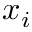
x _ { i }